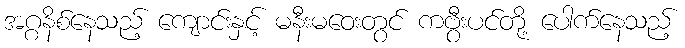
အဂ္ဂနိစ်နေသည့် ကျောင်းနှင့် မနီးမဝေးတွင် ကဗွီးပင်တို့ ပေါက်နေသည့်